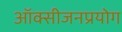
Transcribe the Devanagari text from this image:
ऑक्सीजनप्रयोग